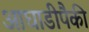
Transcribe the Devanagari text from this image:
आघाडीपैकी